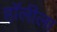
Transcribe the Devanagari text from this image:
हॉलीला